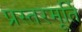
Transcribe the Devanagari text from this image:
प्रस्तरमूर्ति